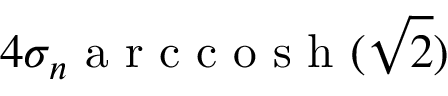
4 \sigma _ { n } \textrm { a r c c o s h } ( \sqrt { 2 } )